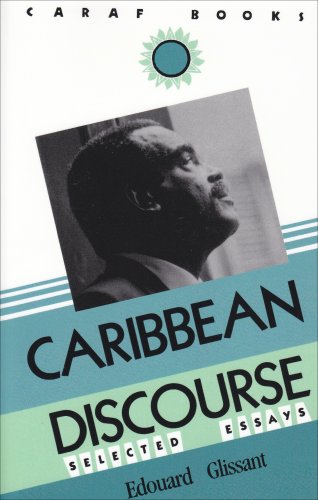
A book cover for Carribbean Discourse: Selected Essays (Caribbean and African Literature); Edouard Glissant; Literature & Fiction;